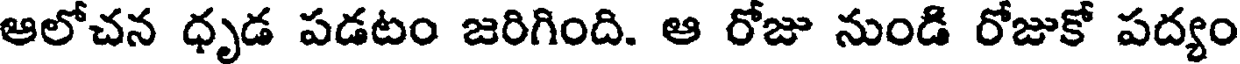
ఆలోచన ధృడ పడటం జరిగింది. ఆ రోజు నుండి రోజుకో పద్యం